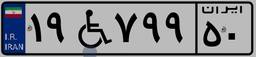
۱۹W۷۹۹۵۰